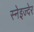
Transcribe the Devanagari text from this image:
स्नेइज्देर